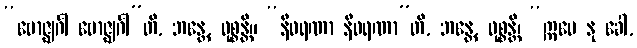
“ဗောဇ္ဈင်္ဂါ ဗောဇ္ဈင်္ဂါ”တိ, ဘန္တေ, ဝုစ္စန္တိ။ “နီဝရဏာ နီဝရဏာ”တိ, ဘန္တေ, ဝုစ္စန္တိ၊ “ဣမေ နု ခေါ,